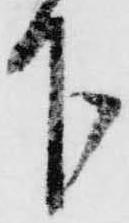
下